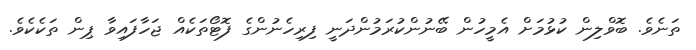
ތަނެވެ. ބޮވްލިން ކުޅުމަށް އެމީހުން ބޭނުންކުރަމުންދަނީ ފިރިހެނުންގެ ފޮޓޯތަކެއް ޖަހާފައިވާ ޕިން ތަކެކެވެ.